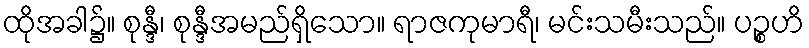
ထိုအခါ၌။ စုန္ဒီ၊ စုန္ဒီအမည်ရှိသော။ ရာဇကုမာရီ၊ မင်းသမီးသည်။ ပဉ္စဟိ